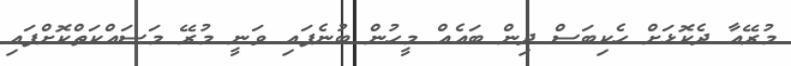
މުރޭއާ ދެކޮޅަށް ހެކިބަސް ދިން ބައެއް މީހުން ބުނެފައި ވަނީ މުރޭ މަސައްކަތްކޮށްފައި